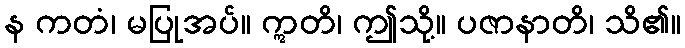
န ကတံ၊ မပြုအပ်။ ဣတိ၊ ဤသို့။ ပဇာနာတိ၊ သိ၏။